Document type: Sale
Year: 1235
Scribe: Pere de Bages
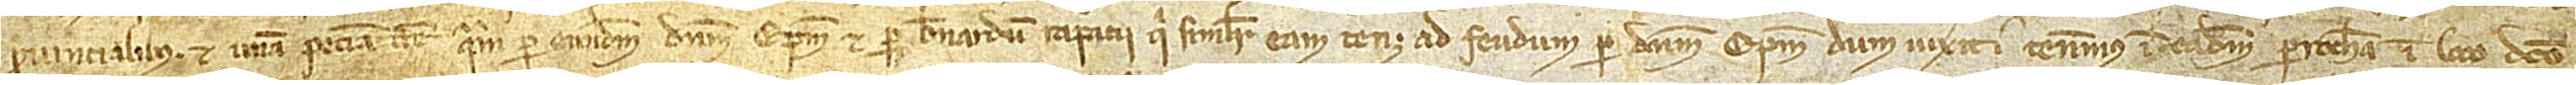
Provincialibus, et unam peciam terre quam per eundem dominum episcopum et per Bernardum Rapacii, qui similiter eam tenet ad feudum per dominum episcopum dum vicerit, tenemus in eadem parrochia, in loco dicto